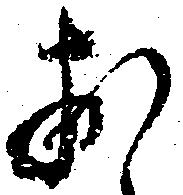
お